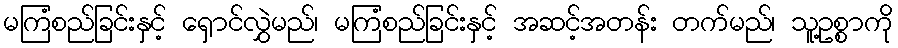
မကြံစည်ခြင်းနှင့် ရှောင်လွှဲမည်၊ မကြံစည်ခြင်းနှင့် အဆင့်အတန်း တက်မည်၊ သူ့ဥစ္စာကို